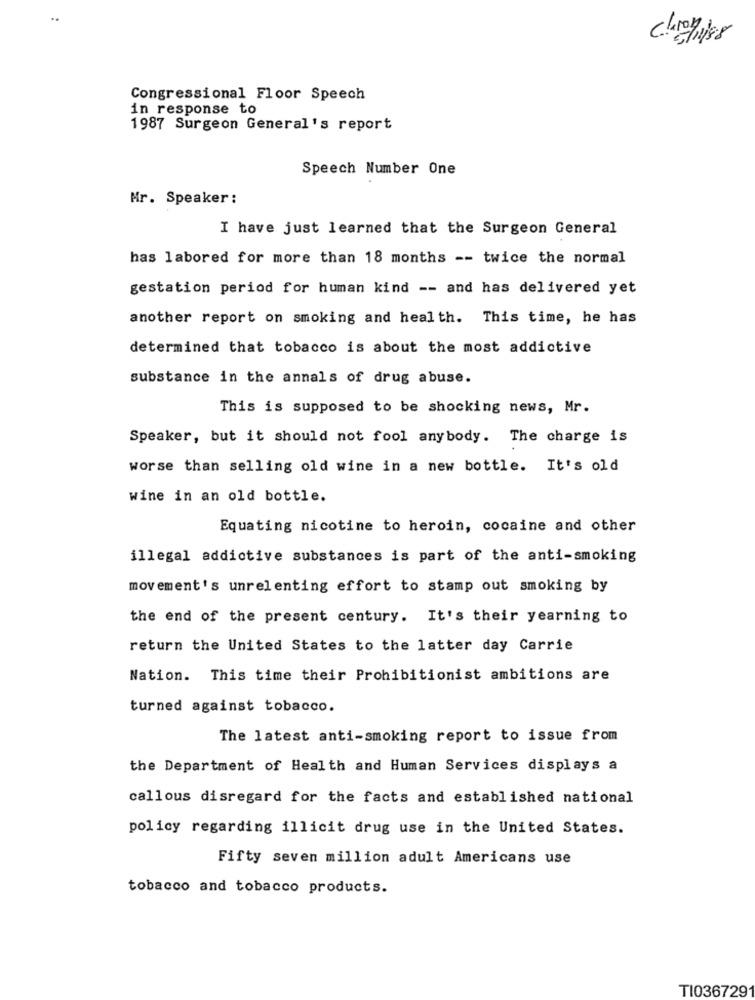
Chron
Congressional Floor Speech
in response to
1987 Surgeon General's report
Speech Number One
Mr. Speaker:
I have just learned that the Surgeon General
has labored for more than 18 months -- twice the normal
gestation period for human kind -- and has delivered yet
another report on smoking and health. This time, he has
determined that tobacco is about the most addictive
substance in the annals of drug abuse.
This is supposed to be shocking news, Mr.
Speaker, but it should not fool anybody. The charge is
worse than selling old wine in a new bottle. It's old
wine in an old bottle.
Equating nicotine to heroin, cocaine and other
illegal addictive substances is part of the anti-smoking
movement's unrelenting effort to stamp out smoking by
the end of the present century. It's their yearning to
return the United States to the latter day Carrie
Nation. This time their Prohibitionist ambitions are
turned against tobacco.
The latest anti-smoking report to issue from
the Department of Health and Human Services displays a
callous disregard for the facts and established national
policy regarding illicit drug use in the United States.
Fifty seven million adult Americans use
tobacco and tobacco products.
TI0367291